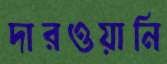
দারওয়ানি